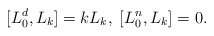
\begin{align*}[L_0^d, L_k] = k L_k, \; [L_0^n, L_k] = 0.\end{align*}